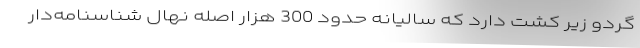
گردو زیر کشت دارد که سالیانه حدود 300 هزار اصله نهال شناسنامه‌دار